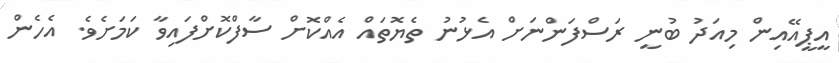
އީޕީއޭއިން މިއަދު ބުނީ ރަސްފަންނަށް އެޅުނު ތެޔޮތައް އެއްކޮށް ސާފްކޮށްފައިވާ ކަމަށެވެ. އެހެން